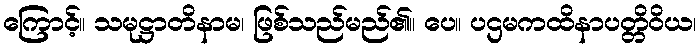
ကြောင့်။ သမုဋ္ဌာတိနာမ၊ ဖြစ်သည်မည်၏။ ပေ။ ပဌမကထိနာပတ္တိဝိယ၊